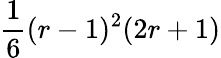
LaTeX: \frac{1}{6}(r-1)^{2}(2r+1)